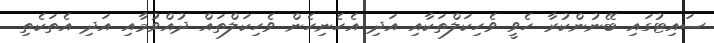
ސައިޓުގައި ބޭނުންކުރާ ހެވީ ވެހިކަލްތަކާއި އަދި އެހެނިހެން ވެހިކަލްތައް ދުއްވުމާއި އަދި އެތަކެތި